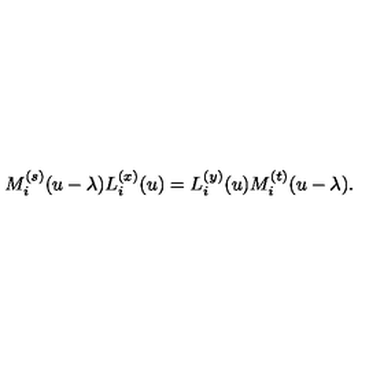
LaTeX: M _ { i } ^ { ( s ) } ( u - \lambda ) L _ { i } ^ { ( x ) } ( u ) = L _ { i } ^ { ( y ) } ( u ) M _ { i } ^ { ( t ) } ( u - \lambda ) .